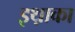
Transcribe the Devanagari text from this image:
इथ़ाका